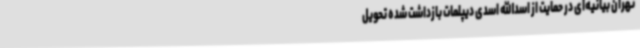
تهران بیانیه‌ای در حمایت از اسدالله اسدی دیپلمات بازداشت شده تحویل